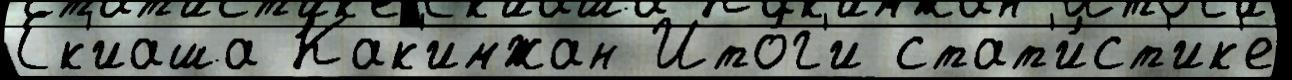
Ек'иаша Как'имжан Ито́г'и стат'и́ст'ик'е